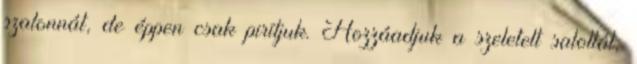
szalonnát, de éppen csak pirítjuk. Hozzáadjuk a szeletelt salottát,